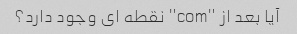
آیا بعد از "com" نقطه ای وجود دارد؟